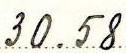
30.58